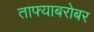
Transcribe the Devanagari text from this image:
ताफ्याबरोबर